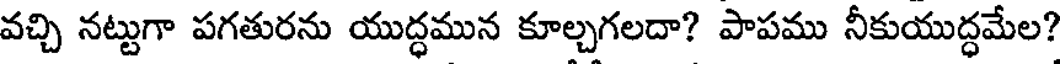
వచ్చి నట్టుగా పగతురను యుద్ధమున కూల్చగలదా? పాపము నీకుయుద్ధమేల?